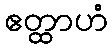
ဧတ္ထာဟံ